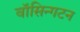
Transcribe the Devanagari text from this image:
वॉसिन्गटन